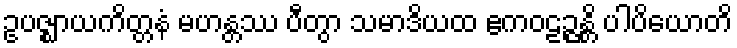
ဥပဇ္ဈာယကိတ္တနံ မဟန္တဿ ပီတွာ သမာဒိယထ ဧကဝဠဉ္ဇန္တိ ပါပိယောတိ